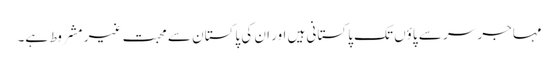
مہاجر سر سے پاؤں تک پاکستانی ہیں اور ان کی پاکستان سے محبت غیر مشروط ہے۔